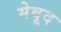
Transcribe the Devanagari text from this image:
मेबूद